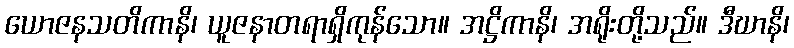
ယောဇနသတိကာနိ၊ ယူဇနာတရာရှိကုန်သော။ အဋ္ဌိကာနိ၊ အရိုးတို့သည်။ ဒီဃာနိ၊